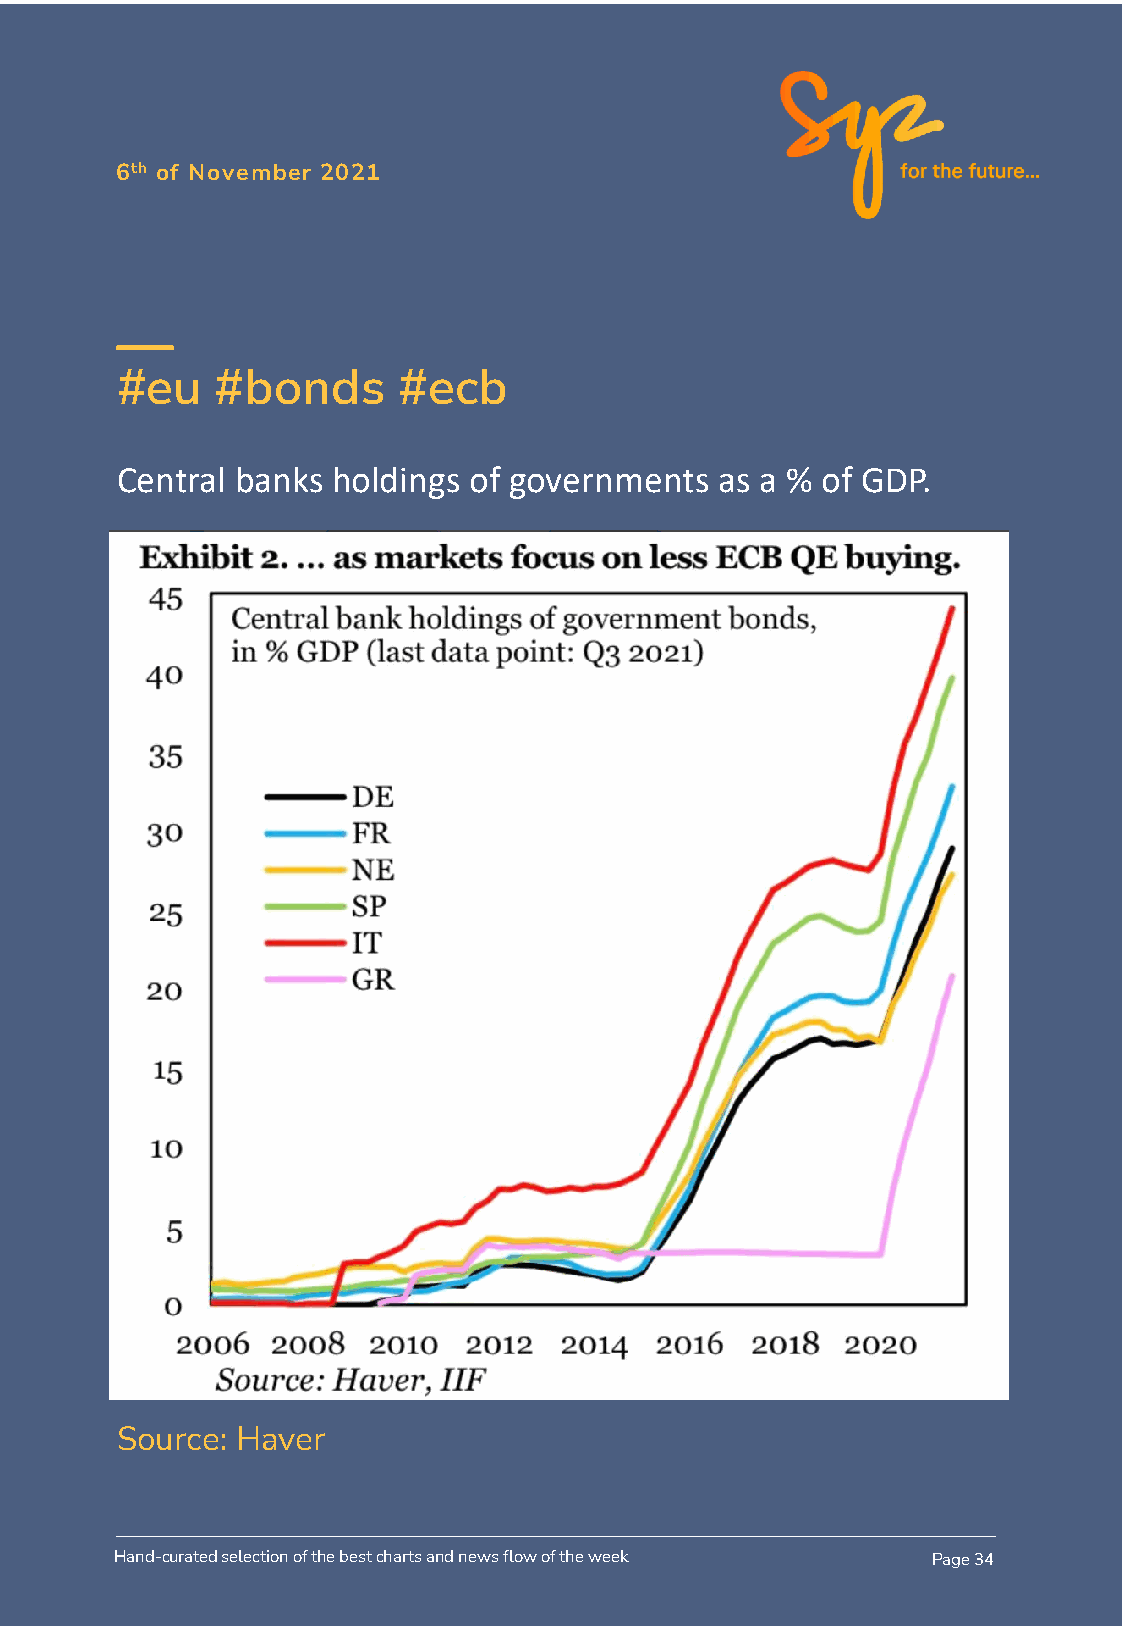
6th of November 2021
 #eu   #bonds      #ecb
 Central banks holdings of governments   as a % of GDP.
 Source: Haver
 Hand-curated selection of the best charts and news flow of the week Page 34